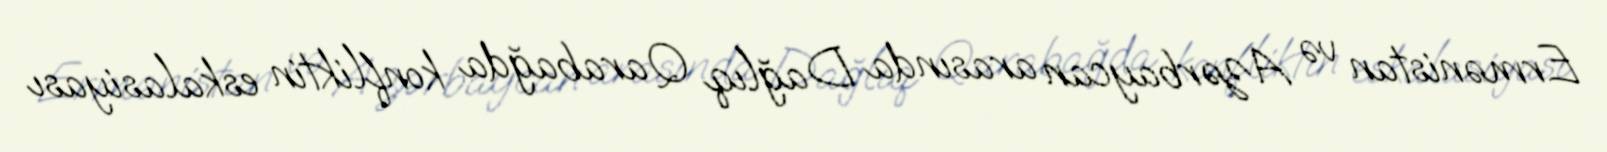
Ermənistan və Azərbaycan arasında Dağlıq Qarabağda konfliktin eskalasiyası